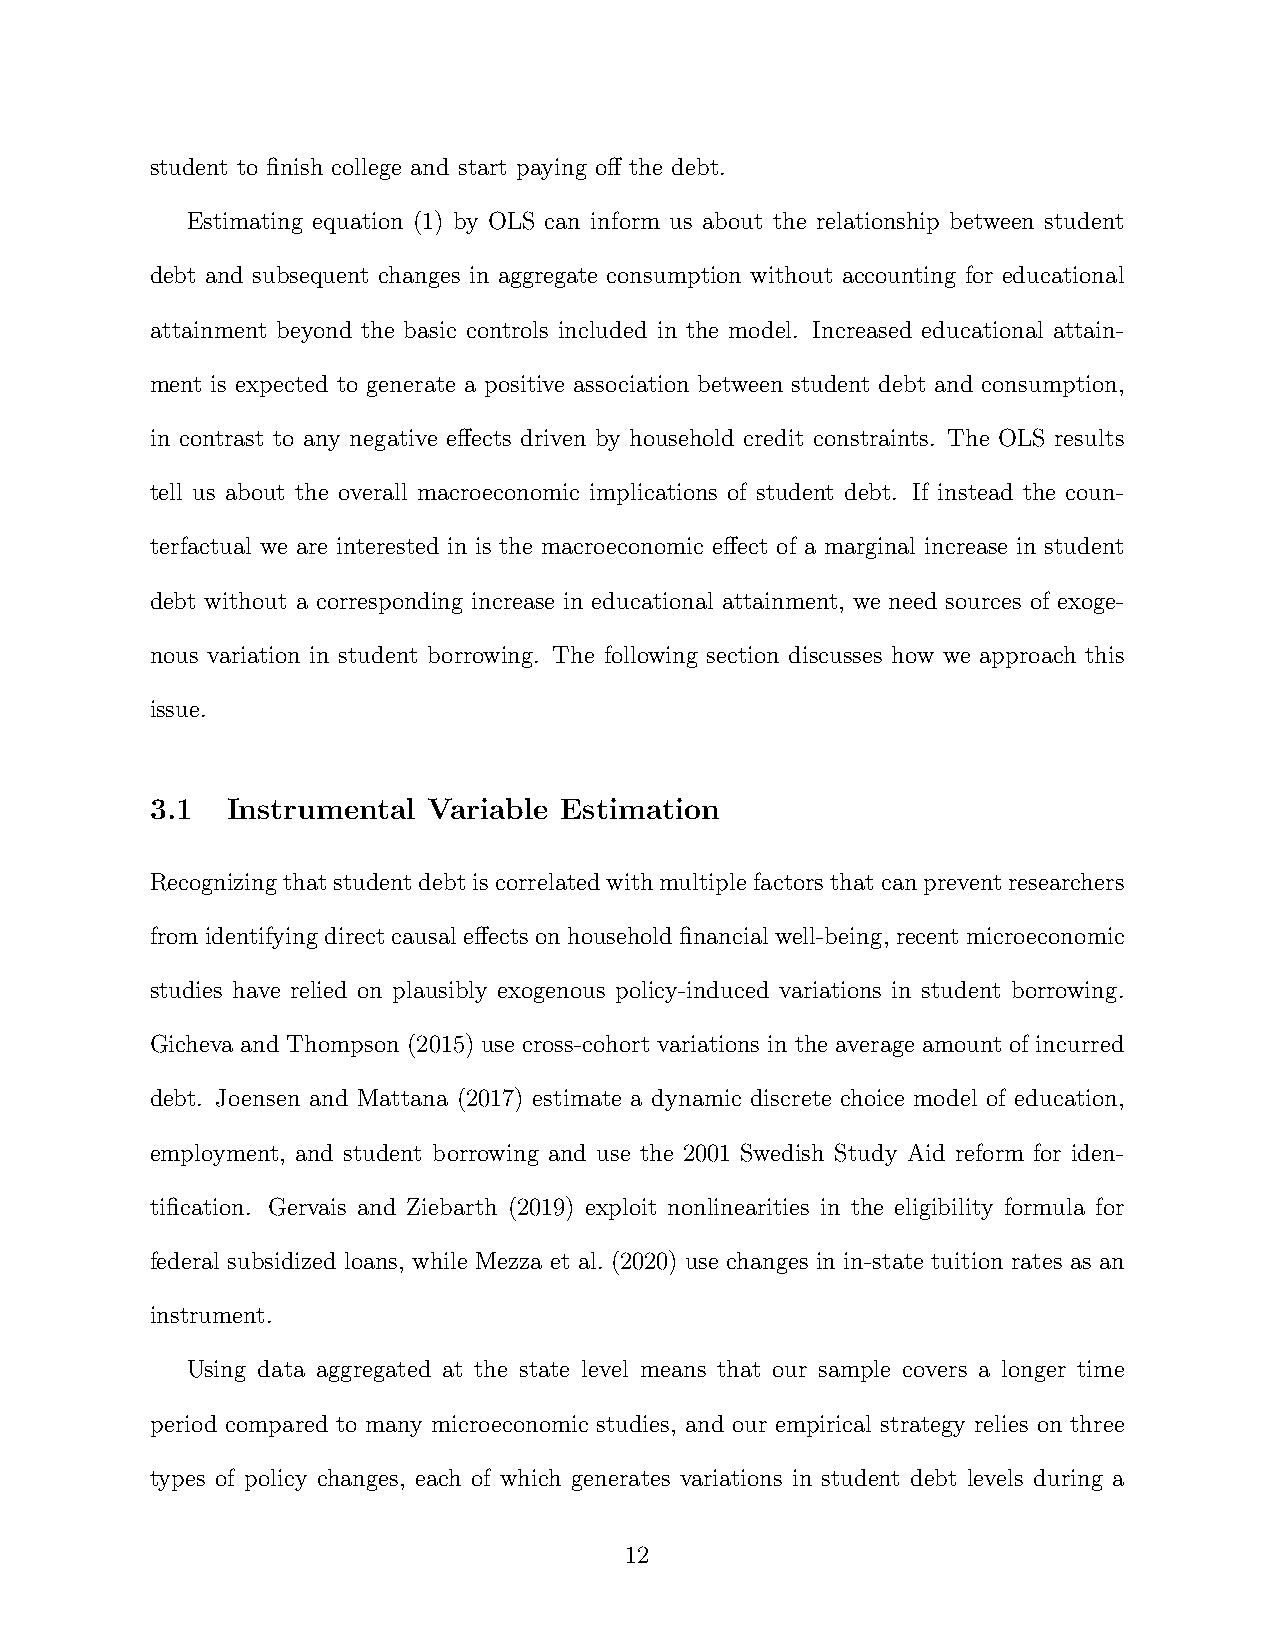
student to finish college and start paying off the debt.
 Estimating equation (1) by OLS can inform us about the relationship between student
 debt and subsequent changes in aggregate consumption without accounting for educational
 attainment beyond the basic controls included in the model. Increased educational attain-
 ment is expected to generate a positive association between student debt and consumption,
 in contrast to any negative effects driven by household credit constraints. The OLS results
 tell us about the overall macroeconomic implications of student debt. If instead the coun-
 terfactual we are interested in is the macroeconomic effect of a marginal increase in student
 debt without a corresponding increase in educational attainment, we need sources of exoge-
 nous variation in student borrowing. The following section discusses how we approach this
 issue.
 3.1  Instrumental Variable Estimation
 Recognizingthatstudentdebtiscorrelatedwithmultiplefactorsthatcanpreventresearchers
 from identifying direct causal effects on household financial well-being, recent microeconomic
 studies have relied on plausibly exogenous policy-induced variations in student borrowing.
 Gicheva and Thompson (2015) use cross-cohort variations in the average amount of incurred
 debt. Joensen and Mattana (2017) estimate a dynamic discrete choice model of education,
 employment, and student borrowing and use the 2001 Swedish Study Aid reform for iden-
 tification. Gervais and Ziebarth (2019) exploit nonlinearities in the eligibility formula for
 federal subsidized loans, while Mezza et al. (2020) use changes in in-state tuition rates as an
 instrument.
 Using data aggregated at the state level means that our sample covers a longer time
 period compared to many microeconomic studies, and our empirical strategy relies on three
 types of policy changes, each of which generates variations in student debt levels during a
 12